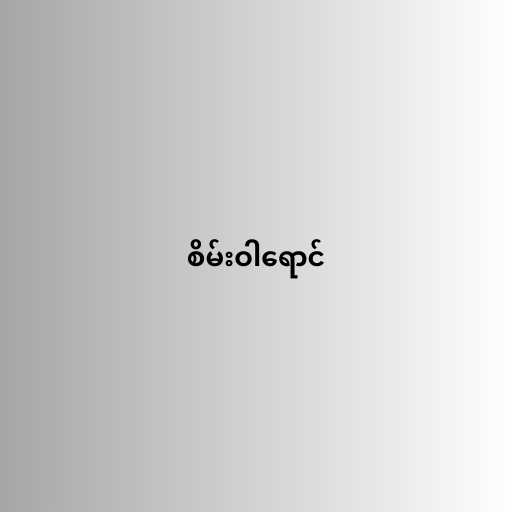
စိမ်းဝါရောင်